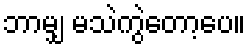
ဘာမျှ မသဲကွဲတော့ပေ။